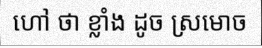
ហៅ ថា ខ្លាំង ដូច ស្រមោច